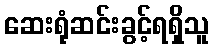
ဆေးရုံဆင်းခွင့်ရရှိသူ